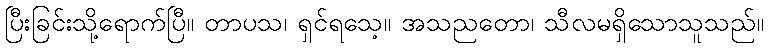
ပြီးခြင်းသို့ရောက်ပြီ။ တာပသ၊ ရှင်ရသေ့။ အသညတော၊ သီလမရှိသောသူသည်။